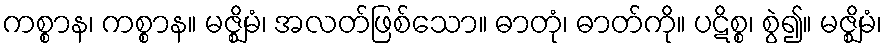
ကစ္စာန၊ ကစ္စာန။ မဇ္ဈိမံ၊ အလတ်ဖြစ်သော။ ဓာတုံ၊ ဓာတ်ကို။ ပဋိစ္စ၊ စွဲ၍။ မဇ္ဈိမံ၊